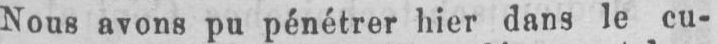
Nous avons pu pénétrer hier dans le eu-